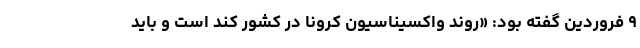
۹ فروردین گفته بود: «روند واکسیناسیون کرونا در کشور کند است و باید